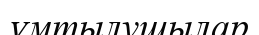
ұмтылушылар